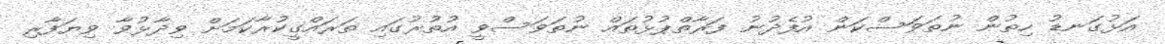
އަޅުގަނޑު ހިތުން ނުތަވަސްކަން އުފެދުނު ފަރާތްޕުޅުތައް ނުތަވަސްވީ އުތުރުގައި ތަރައްގީކުރާކަމަށް ވިދާޅުވާ ވިޔަފާރި